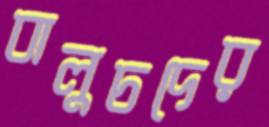
বালুচদের